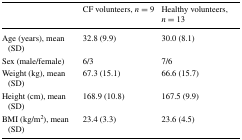
|  | CF volunteers, n = 9 | Healthy volunteers, n = 13 |
 | --- | --- | --- |
 | Age (years), mean (SD) | 32.8 (9.9) | 30.0 (8.1) |
 | Sex (male/female) | 6/3 | 7/6 |
 | Weight (kg), mean (SD) | 67.3 (15.1) | 66.6 (15.7) |
 | Height (cm), mean (SD) | 168.9 (10.8) | 167.5 (9.9) |
 | BMI (kg/m2), mean (SD) | 23.4 (3.3) | 23.6 (4.5) |